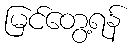
မြင်တွေ့ရန်